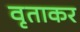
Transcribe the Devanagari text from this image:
वृताकर